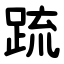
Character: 䟽